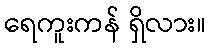
ရေကူးကန် ရှိလား။